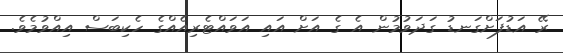
ރޭ އަޑުފަށްގަނޑު ގަދަވުމުން އެ ގެ އަށް އައި އަވައްޓެރިއެއްގެ ހެކިބަސް އިއްވުމެވެ.